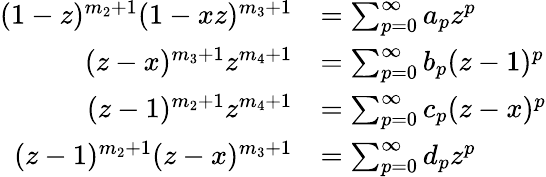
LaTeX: \begin{array}{rl}{(1-z)^{m_{2}+1}(1-xz)^{m_{3}+1}}&{=\sum_{p=0}^{\infty}a_{p}z^{p}}\\ {(z-x)^{m_{3}+1}z^{m_{4}+1}}&{=\sum_{p=0}^{\infty}b_{p}(z-1)^{p}}\\ {(z-1)^{m_{2}+1}z^{m_{4}+1}}&{=\sum_{p=0}^{\infty}c_{p}(z-x)^{p}}\\ {(z-1)^{m_{2}+1}(z-x)^{m_{3}+1}}&{=\sum_{p=0}^{\infty}d_{p}z^{p}}\end{array}